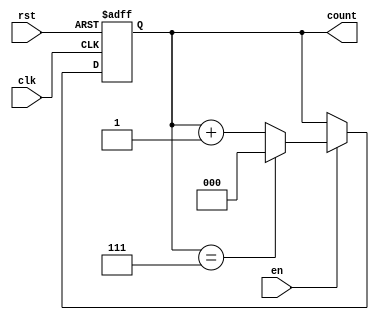
module modulus_counter #(
    parameter N = 8  // Modulus value (default is 8)
)(
    input wire clk,      // Clock signal
    input wire rst,      // Asynchronous reset
    input wire en,       // Enable signal
    output reg [$clog2(N)-1:0] count // Count output
);

    // Always block triggered on the rising edge of the clock or when reset is asserted
    always @(posedge clk or posedge rst) begin
        if (rst) begin
            count <= 0; // Reset count to 0
        end else if (en) begin
            if (count == N-1) begin
                count <= 0; // Reset count to 0 when reaching modulus
            end else begin
                count <= count + 1; // Increment count
            end
        end
    end

endmodule